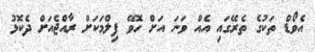
އެވޯޑް ތަކުގެ ތެރޭގައި އެއް ވަނަ އަށް ހޮވޭ ފިލްމަކަށް ރާއްޖެއަށް ދެކޮޅު